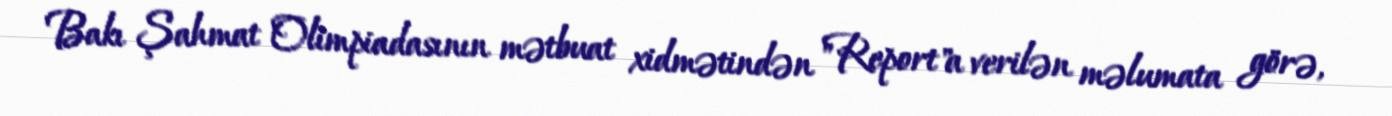
Bakı Şahmat Olimpiadasının mətbuat xidmətindən "Report"a verilən məlumata görə,